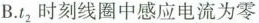
B. $$t_{2}$$ 时刻线圈中感应电流为零